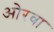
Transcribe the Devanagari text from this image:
ओरवा